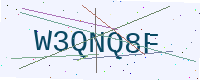
Text: W3QNQ8F